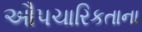
ઔપચારિકતાના